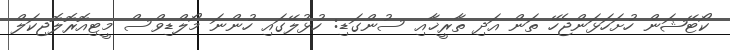
ކޯޓޭޝަން ހުށަހަޅަންޖެހޭ ތަން އަދި ތާރީޚާއި ސުންގަޑި: ހުޅުލޭގައި ހުންނަ މޯލްޑިވްސް މީޓިއޮރޮލޮޖިކަލް